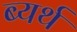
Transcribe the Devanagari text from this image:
ब्यर्थ